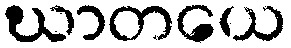
ဃာတယေ